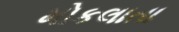
મોકલાતા